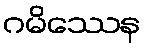
ဂမိဿေန